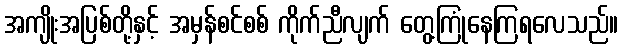
အကျိုးအပြစ်တို့နှင့် အမှန်စင်စစ် ကိုက်ညီလျက် တွေ့ကြုံနေကြရလေသည်။